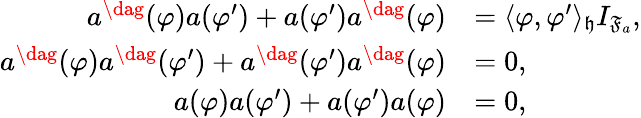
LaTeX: \begin{array}{rl}{a^{\dag}(\varphi)a(\varphi^{\prime})+a(\varphi^{\prime})a^{\dag}(\varphi)}&{=\langle\varphi,\varphi^{\prime}\rangle_{\mathfrak{h}}I_{\mathfrak{F}_{a}},}\\ {a^{\dag}(\varphi)a^{\dag}(\varphi^{\prime})+a^{\dag}(\varphi^{\prime})a^{\dag}(\varphi)}&{=0,}\\ {a(\varphi)a(\varphi^{\prime})+a(\varphi^{\prime})a(\varphi)}&{=0,}\end{array}